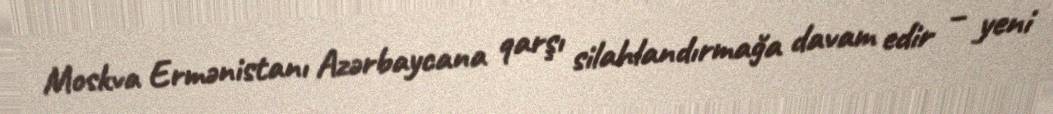
Moskva Ermənistanı Azərbaycana qarşı silahlandırmağa davam edir – yeni